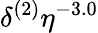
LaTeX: \delta^{(2)}\eta^{-3.0}